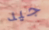
جيد